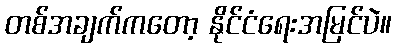
တစ်အချက်ကတော့ နိုင်ငံရေးအမြင်ပဲ။